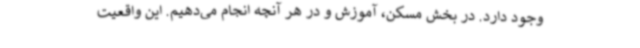
وجود دارد. در بخش مسکن، آموزش و در هر آنچه انجام می‌دهیم. این واقعیت